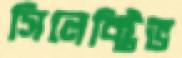
সিলেক্টিভ